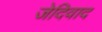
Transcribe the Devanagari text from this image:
जेदिवाद